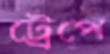
ট্রেপে